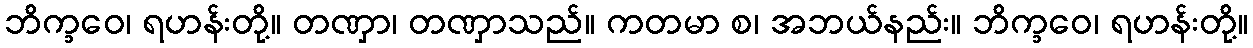
ဘိက္ခဝေ၊ ရဟန်းတို့။ တဏှာ၊ တဏှာသည်။ ကတမာ စ၊ အဘယ်နည်း။ ဘိက္ခဝေ၊ ရဟန်းတို့။